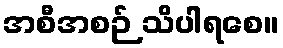
အစီအစဉ် သိပါရစေ။